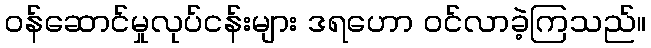
ဝန်ဆောင်မှုလုပ်ငန်းများ ဒရဟော ဝင်လာခဲ့ကြသည်။